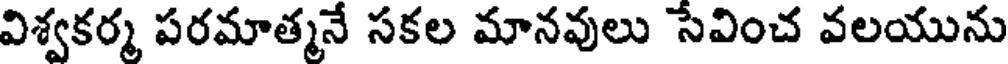
విశ్వకర్మ పరమాత్మనే సకల మానవులు సేవించ వలయును